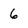
Character: 6